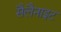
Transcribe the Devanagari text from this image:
सैलैनाइट